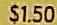
$1.50